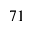
^ { 7 1 }